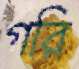
গরি